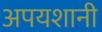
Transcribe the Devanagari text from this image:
अपयशानी